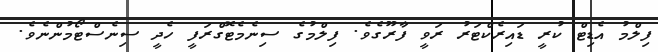
ފިލްމު އެޑިޓް ކުރީ ޑައިރެކްޓަރު ރަވީ ފާރޫގެވެ. ފިލްމުގެ ސިނެމެޓޮގްރަފީ ހެދީ ސިނެސްޓޯމުންނެވެ.